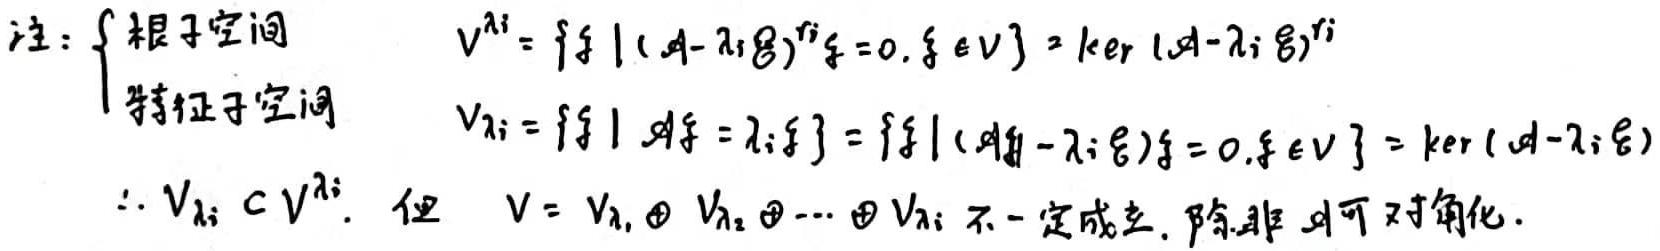
注：\begin{cases}
根子空间$ & V^{\lambda_i}=\{\xi\mid (A - \lambda_i E)^{r_i}\xi = 0, \xi\in V\}=\ker(A - \lambda_i E)^{r_i}$\\
特征子空间$ & V_{\lambda_i}=\{\xi\mid A\xi=\lambda_i\xi\}=\{\xi\mid (A - \lambda_i E)\xi = 0, \xi\in V\}=\ker(A - \lambda_i E)$\\
\end{cases}
$\therefore V_{\lambda_i}\subset V^{\lambda_i}. $但$ V = V_{\lambda_1}\oplus V_{\lambda_2}\oplus\cdots\oplus V_{\lambda_i} $不一定成立. 除非 A 可对角化.